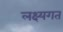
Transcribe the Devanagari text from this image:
लक्ष्यगत